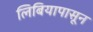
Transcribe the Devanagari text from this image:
लिबियापासून